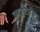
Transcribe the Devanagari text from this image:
वाईटहेड